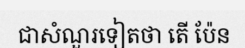
ជាសំណួរទៀតថា តើ ប៉ែន